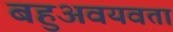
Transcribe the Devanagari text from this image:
बहुअवयवता